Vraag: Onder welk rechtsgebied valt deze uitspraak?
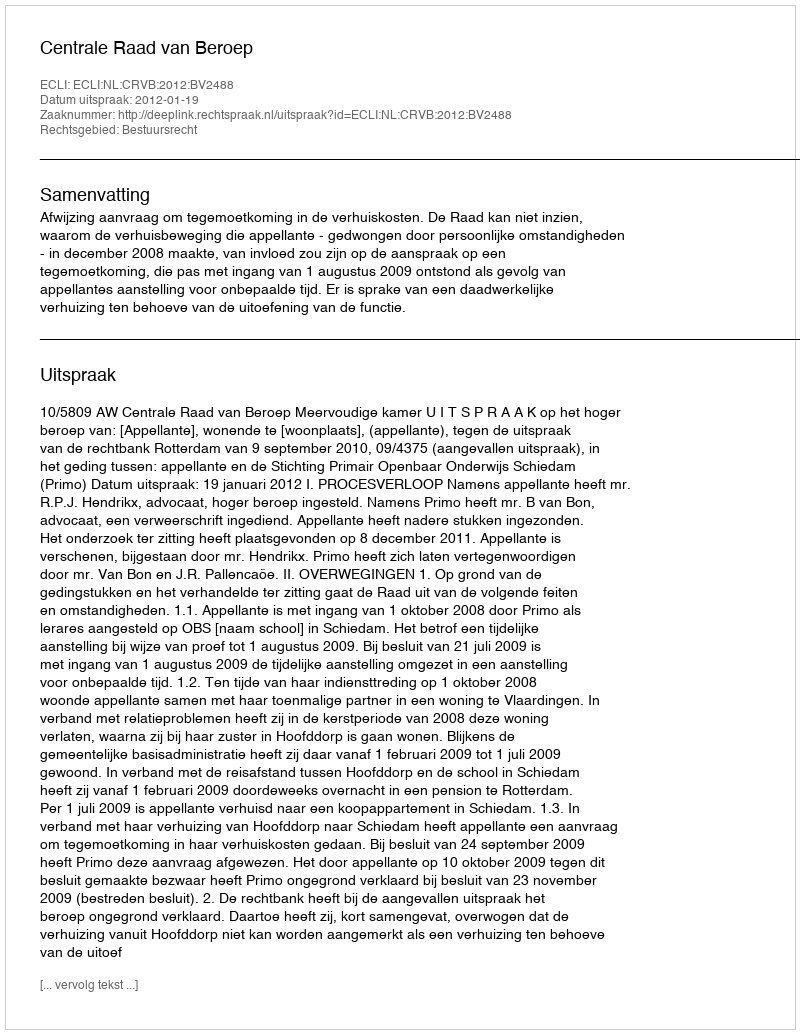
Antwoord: Bestuursrecht